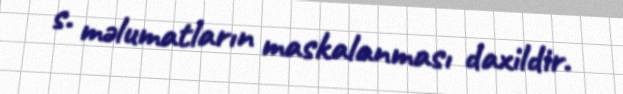
s. məlumatların maskalanması daxildir.